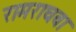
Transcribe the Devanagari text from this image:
रामराघवा